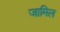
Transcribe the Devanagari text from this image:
जामिल